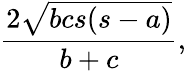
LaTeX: {\frac{2{\sqrt{bcs(s-a)}}}{b+c}},